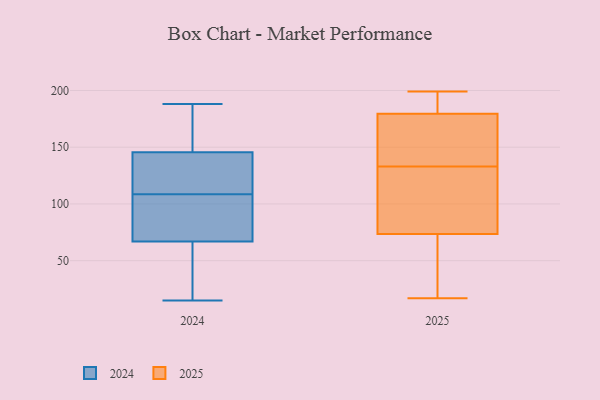
{"axis": {"x": "Energy Usage (MWh)", "y": "Value"}, "legend": ["2024", "2025"], "data": [{"x": "", "y": 55, "type": "2025"}, {"x": "", "y": 177, "type": "2025"}, {"x": "", "y": 182, "type": "2025"}, {"x": "", "y": 155, "type": "2025"}, {"x": "", "y": 195, "type": "2025"}, {"x": "", "y": 56, "type": "2025"}, {"x": "", "y": 17, "type": "2025"}, {"x": "", "y": 109, "type": "2025"}, {"x": "", "y": 139, "type": "2025"}, {"x": "", "y": 199, "type": "2025"}, {"x": "", "y": 126, "type": "2025"}, {"x": "", "y": 127, "type": "2025"}, {"x": "", "y": 59, "type": "2025"}, {"x": "", "y": 88, "type": "2025"}, {"x": "", "y": 152, "type": "2025"}, {"x": "", "y": 199, "type": "2025"}, {"x": "", "y": 185, "type": "2025"}, {"x": "", "y": 109, "type": "2025"}, {"x": "", "y": 146, "type": "2025"}, {"x": "", "y": 44, "type": "2025"}, {"x": "", "y": 87, "type": "2024"}, {"x": "", "y": 112, "type": "2024"}, {"x": "", "y": 101, "type": "2024"}, {"x": "", "y": 139, "type": "2024"}, {"x": "", "y": 160, "type": "2024"}, {"x": "", "y": 125, "type": "2024"}, {"x": "", "y": 25, "type": "2024"}, {"x": "", "y": 104, "type": "2024"}, {"x": "", "y": 58, "type": "2024"}, {"x": "", "y": 23, "type": "2024"}, {"x": "", "y": 152, "type": "2024"}, {"x": "", "y": 76, "type": "2024"}, {"x": "", "y": 15, "type": "2024"}, {"x": "", "y": 48, "type": "2024"}, {"x": "", "y": 188, "type": "2024"}, {"x": "", "y": 108, "type": "2024"}, {"x": "", "y": 186, "type": "2024"}, {"x": "", "y": 113, "type": "2024"}, {"x": "", "y": 161, "type": "2024"}, {"x": "", "y": 109, "type": "2024"}]}